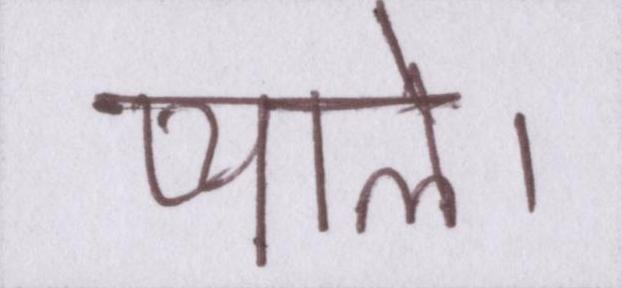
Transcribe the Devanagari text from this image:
प्याले